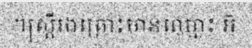
។ស្ត្រីរងគ្រោះមានឈ្មោះ អ៊